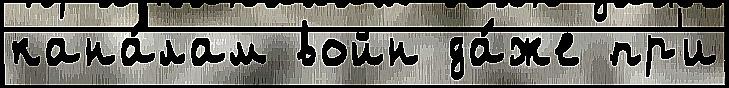
кана́лам войн да́же пр'и